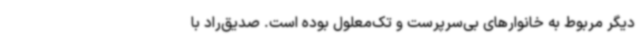
دیگر مربوط به خانوارهای بی‌سرپرست و تک‌معلول بوده است. صدیق‌راد با